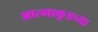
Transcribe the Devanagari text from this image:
आत्माकूडच्या